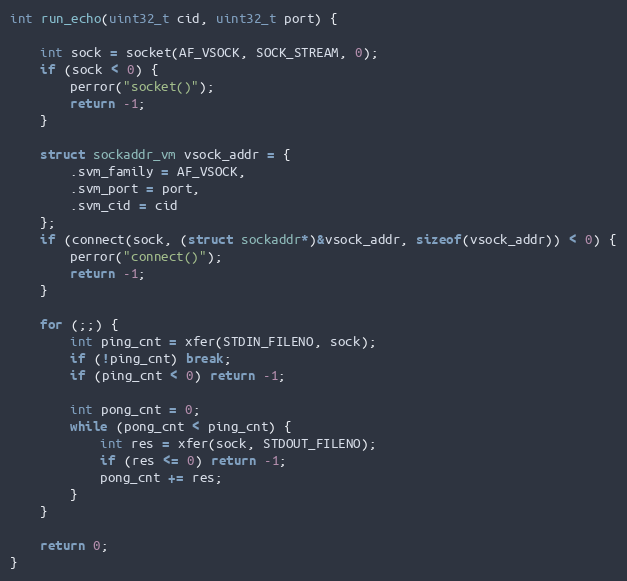
Language: C
int run_echo(uint32_t cid, uint32_t port) {

    int sock = socket(AF_VSOCK, SOCK_STREAM, 0);
    if (sock < 0) {
        perror("socket()");
        return -1;
    }

    struct sockaddr_vm vsock_addr = {
        .svm_family = AF_VSOCK,
        .svm_port = port,
        .svm_cid = cid
    };
    if (connect(sock, (struct sockaddr*)&vsock_addr, sizeof(vsock_addr)) < 0) {
        perror("connect()");
        return -1;
    }

    for (;;) {
        int ping_cnt = xfer(STDIN_FILENO, sock);
        if (!ping_cnt) break;
        if (ping_cnt < 0) return -1;

        int pong_cnt = 0;
        while (pong_cnt < ping_cnt) {
            int res = xfer(sock, STDOUT_FILENO);
            if (res <= 0) return -1;
            pong_cnt += res;
        }
    }

    return 0;
}